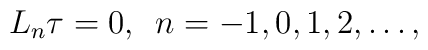
L_{n}\tau = 0,\,\,\, n =  -1,0,1,2,\dots,